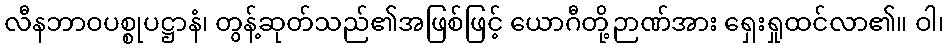
လီနဘာဝပစ္စုပဋ္ဌာနံ၊ တွန့်ဆုတ်သည်၏အဖြစ်ဖြင့် ယောဂီတို့ဉာဏ်အား ရှေးရှုထင်လာ၏။ ဝါ၊